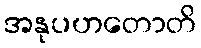
အနုပဟတောတိ